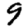
Digit: 9